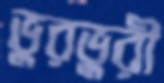
ভুরভুরী